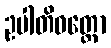
ဥပါတိဝတ္တော